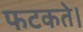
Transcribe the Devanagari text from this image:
फटकते।